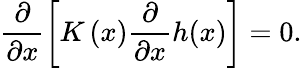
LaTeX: \frac{\partial}{{\partial{x}}}\left[{K\left(x\right)\frac\partial{{\partial x}}h(x)}\right]=0.